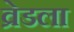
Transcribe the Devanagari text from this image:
व्रेडला